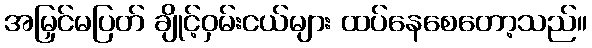
အမြှင်မပြတ် ချိုင့်ဝှမ်းငယ်များ ထပ်နေစေတော့သည်။